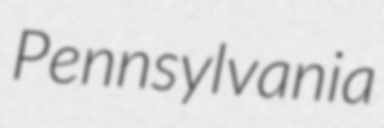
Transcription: Pennsylvania